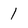
Character: 1